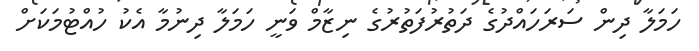
ހަމަލާ ދިން ސަރަަހައްދުުގެ ދަތުރުފަތުރުގެ ނިޒާމް ވަނީ ހަމަލާ ދިނުމާ އެކު ހުއްޓުމަކަށް